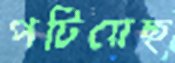
পটিয়েছ